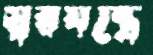
স্বরযন্ত্রে